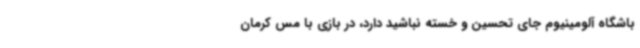
باشگاه آلومینیوم جای تحسین و خسته نباشید دارد، در بازی با مس کرمان